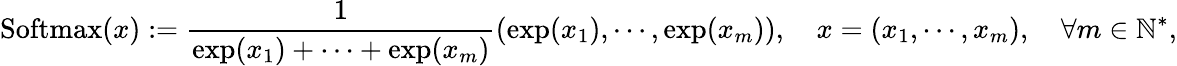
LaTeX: \mathrm{Softmax}(x):=\frac{1}{\exp(x_{1})+\cdots+\exp(x_{m})}\left(\exp(x_{1}),\cdots,\exp(x_{m})\right),\quad x=(x_{1},\cdots,x_{m}),\quad\forall m\in\mathbb{N}^{*},